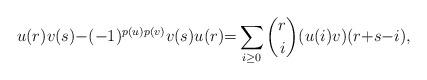
LaTeX: \begin{align*}u(r)v(s){-}(-1)^{p(u)p(v)}v(s)u(r){=} \sum_{i\geq 0} \binom{r}{i}(u(i)v)(r{+}s{-}i),\end{align*}